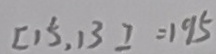
[ 1 5 , 1 3 ] = 1 9 5